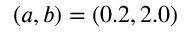
( a , b ) = ( 0 . 2 , 2 . 0 )